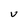
Character: V